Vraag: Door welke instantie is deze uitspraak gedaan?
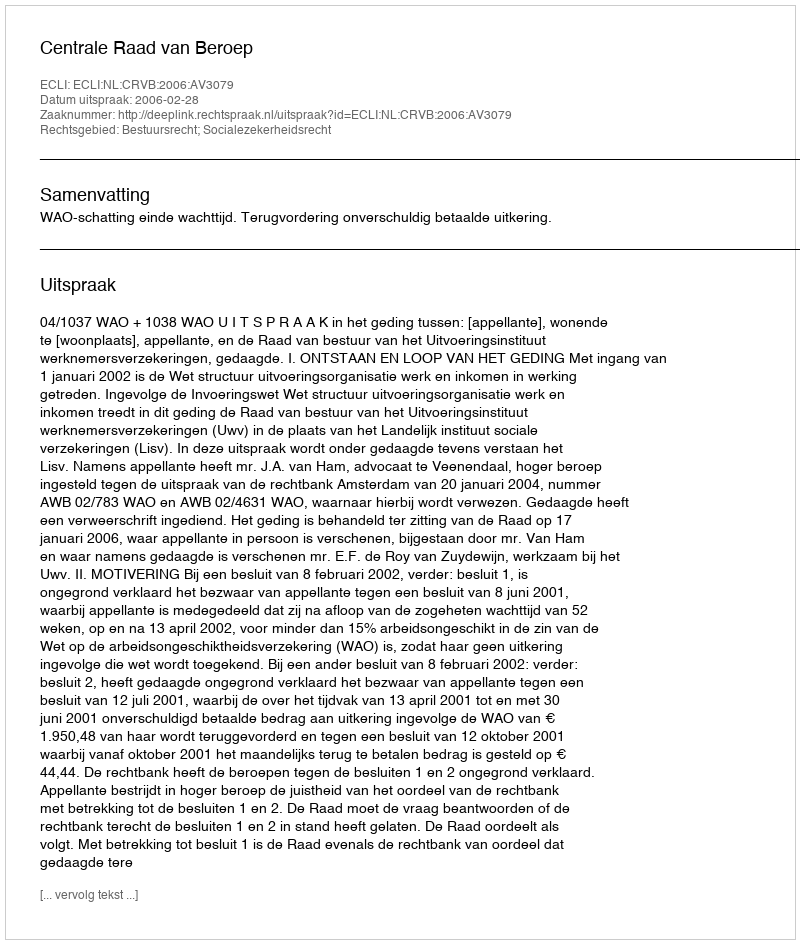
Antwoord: Centrale Raad van Beroep